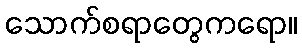
သောက်စရာတွေကရော။